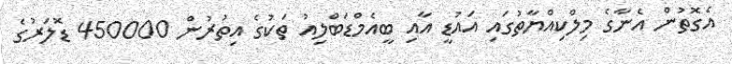
އެގޮތުން އެނާގެ މިލްކިއްޔާތުގައި އައުޑީ އާއި ބީއެމްޑަބްލިއު ތަކުގެ އިތުރުން 450000 ޑޮލަރުގެ